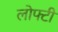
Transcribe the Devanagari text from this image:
लोफ्टी